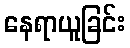
နေရာယူခြင်း